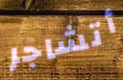
أتشاجر